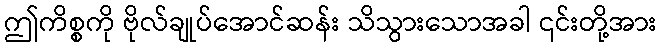
ဤကိစ္စကို ဗိုလ်ချုပ်အောင်ဆန်း သိသွားသောအခါ ၎င်းတို့အား